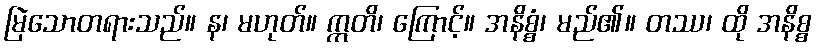
မြဲသောတရားသည်။ န၊ မဟုတ်။ ဣတိ၊ ကြောင့်။ အနိစ္စံ၊ မည်၏။ တဿ၊ ထို အနိစ္စ